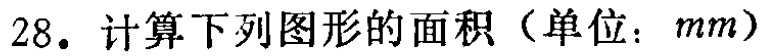
28. 计算下列图形的面积（单位：\(mm\)）